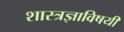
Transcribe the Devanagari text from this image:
शास्त्रज्ञाविषयी